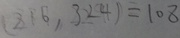
( 2 1 6 , 3 2 4 ) = 1 0 8